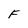
Character: F